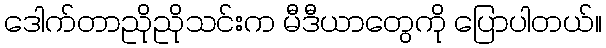
ဒေါက်တာညိုညိုသင်းက မီဒီယာတွေကို ပြောပါတယ်။